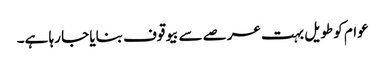
عوام کو طویل بہت عرصے سے بیوقوف بنایا جا رہا ہے۔